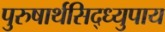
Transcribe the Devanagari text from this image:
पुरुषार्थसिद्ध्युपाय